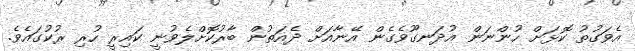
އެވަގުތު ކޮޅަށް ހުންނަން އުދަނގޫވެގެން އޭނާއަށް ދެއަތުން ބާރުކޮށްލެވުނީ ކައިރީ ހުރި ރުކުގައެވެ.